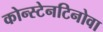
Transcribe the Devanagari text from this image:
कोन्स्टेनटिनोवा